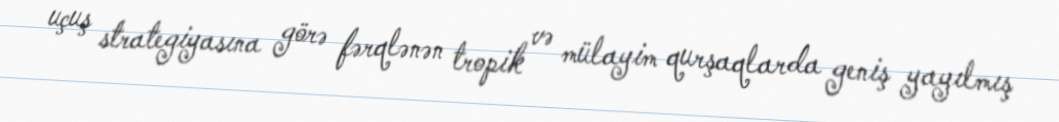
uçuş strategiyasına görə fərqlənən tropik və mülayim qurşaqlarda geniş yayılmış